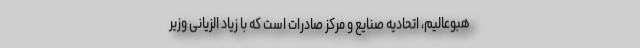
هبوعالیم، اتحادیه صنایع و مرکز صادرات است که با زیاد الزیانی وزیر